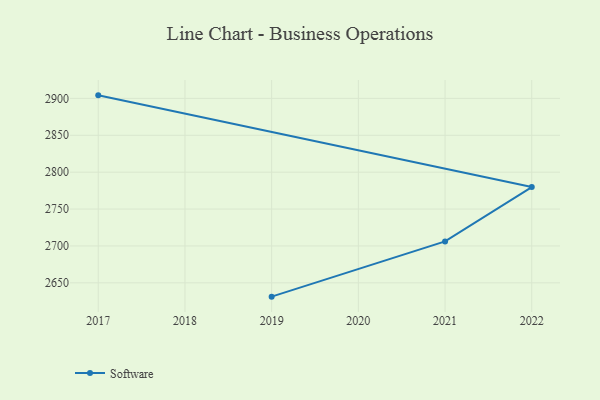
{"axis": {"x": "Year", "y": "Inventory Turnover"}, "legend": ["Software"], "data": [{"x": "2019", "y": 2631.3, "type": "Software"}, {"x": "2021", "y": 2706.2, "type": "Software"}, {"x": "2022", "y": 2779.8, "type": "Software"}, {"x": "2017", "y": 2904.1, "type": "Software"}]}